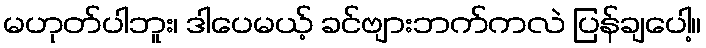
မဟုတ်ပါဘူး၊ ဒါပေမယ့် ခင်ဗျားဘက်ကလဲ ပြန်ချပေါ့။